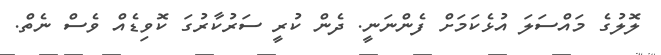
ލޮލުގެ މައްސަލަ އުޅެކަމަށް ފެންނަނީ. ދެން ކުރީ ސަރުކާރުގަ ކޮވިޑެއް ވެސް ނެތް.